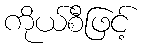
ကိုယ်စီဖြင့်